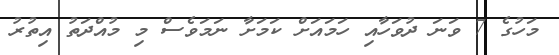
މަހުގެ 7 ވަނަ ދުވަހާއި ހަމައަށް ކަމަށާ ނަމަވެސް މި މުއްދަތު އިތުރު